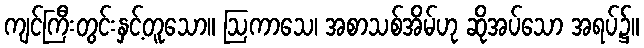
ကျင်ကြီးတွင်းနှင့်တူသော။ ဩကာသေ၊ အစာသစ်အိမ်ဟု ဆိုအပ်သော အရပ်၌။